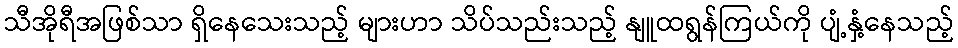
သီအိုရီအဖြစ်သာ ရှိနေသေးသည့် များဟာ သိပ်သည်းသည့် နျူထရွန်ကြယ်ကို ပျံ့နှံ့နေသည့်